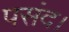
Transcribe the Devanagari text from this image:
पसंद।